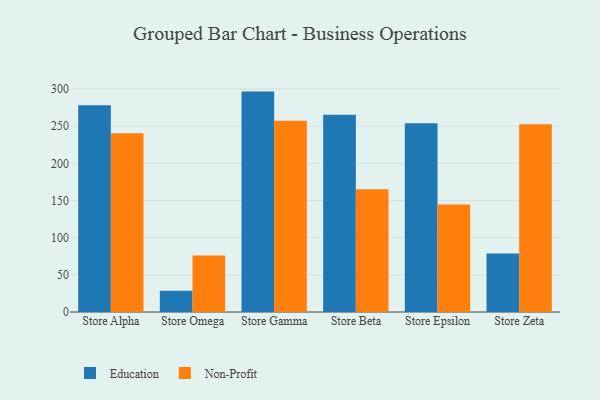
{"axis": {"x": "Store", "y": "Energy Usage (MWh)"}, "legend": ["Education", "Non-Profit"], "data": [{"x": "Store Alpha", "y": 278.3, "type": "Education"}, {"x": "Store Alpha", "y": 240.7, "type": "Non-Profit"}, {"x": "Store Omega", "y": 28.7, "type": "Education"}, {"x": "Store Omega", "y": 76.1, "type": "Non-Profit"}, {"x": "Store Gamma", "y": 296.6, "type": "Education"}, {"x": "Store Gamma", "y": 257.4, "type": "Non-Profit"}, {"x": "Store Beta", "y": 265.4, "type": "Education"}, {"x": "Store Beta", "y": 165.2, "type": "Non-Profit"}, {"x": "Store Epsilon", "y": 254.1, "type": "Education"}, {"x": "Store Epsilon", "y": 144.7, "type": "Non-Profit"}, {"x": "Store Zeta", "y": 78.6, "type": "Education"}, {"x": "Store Zeta", "y": 252.8, "type": "Non-Profit"}]}